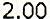
2.00